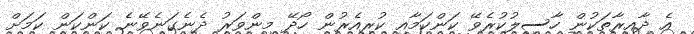
އެ ދާއިރާތަކުން ހާސިލުކުރެވޭ ކަންކަމާއި ކުރިއެރުން ހޯދޭ މިންވަރު ދެނެގަނެވޭނެ ކަންކަން ކަމަށް